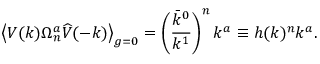
\big \langle V ( k ) \Omega _ { n } ^ { a } \widehat { V } ( - k ) \big \rangle _ { g = 0 } = \left( \frac { \bar { k } ^ { 0 } } { k ^ { 1 } } \right) ^ { n } k ^ { a } \equiv h ( k ) ^ { n } k ^ { a } .